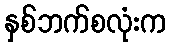
နှစ်ဘက်စလုံးက